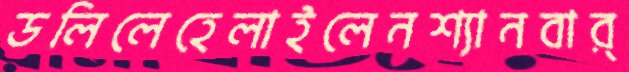
ডলিলেহেলাইলেনশ্যানবার্